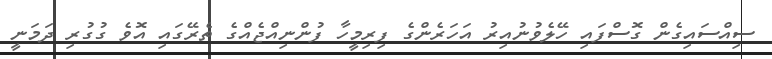
ސިއްސައިގެން ގޮސްފައި ހޭލެވުނުއިރު އަހަރެންގެ ފިރިމީހާ ފުންނިއްޖެއްގެ ތެރޭގައި އޮވެ ގުގުރި ދަމަނީ